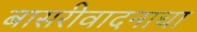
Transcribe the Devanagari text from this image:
बासरीवादनाचा